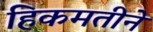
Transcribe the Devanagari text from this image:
हिकमतीने